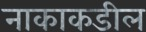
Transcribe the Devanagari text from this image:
नाकाकडील